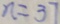
n = 3 7